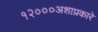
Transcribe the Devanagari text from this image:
१२०००अशाप्रकारे